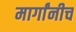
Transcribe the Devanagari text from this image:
मार्गांनीच